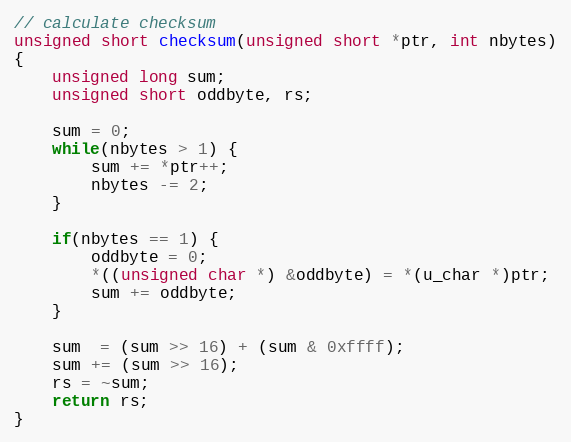
Language: C
// calculate checksum
unsigned short checksum(unsigned short *ptr, int nbytes)
{
    unsigned long sum;
    unsigned short oddbyte, rs;

    sum = 0;
    while(nbytes > 1) {
        sum += *ptr++;
        nbytes -= 2;
    }

    if(nbytes == 1) {
        oddbyte = 0;
        *((unsigned char *) &oddbyte) = *(u_char *)ptr;
        sum += oddbyte;
    }

    sum  = (sum >> 16) + (sum & 0xffff);
    sum += (sum >> 16);
    rs = ~sum;
    return rs;
}